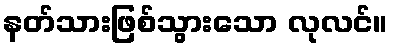
နတ်သားဖြစ်သွားသော လုလင်။